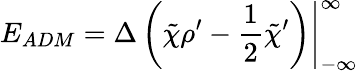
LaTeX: E_{ADM}=\left.{\Delta}\left(\tilde{\chi}{\rho}^{\prime}-{\frac 12}{\tilde{\chi}}^{\prime}\right)\right|_{-\infty}^{\infty}